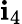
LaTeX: \mathbf{i}_{4}